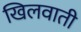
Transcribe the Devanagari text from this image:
खिलवाती